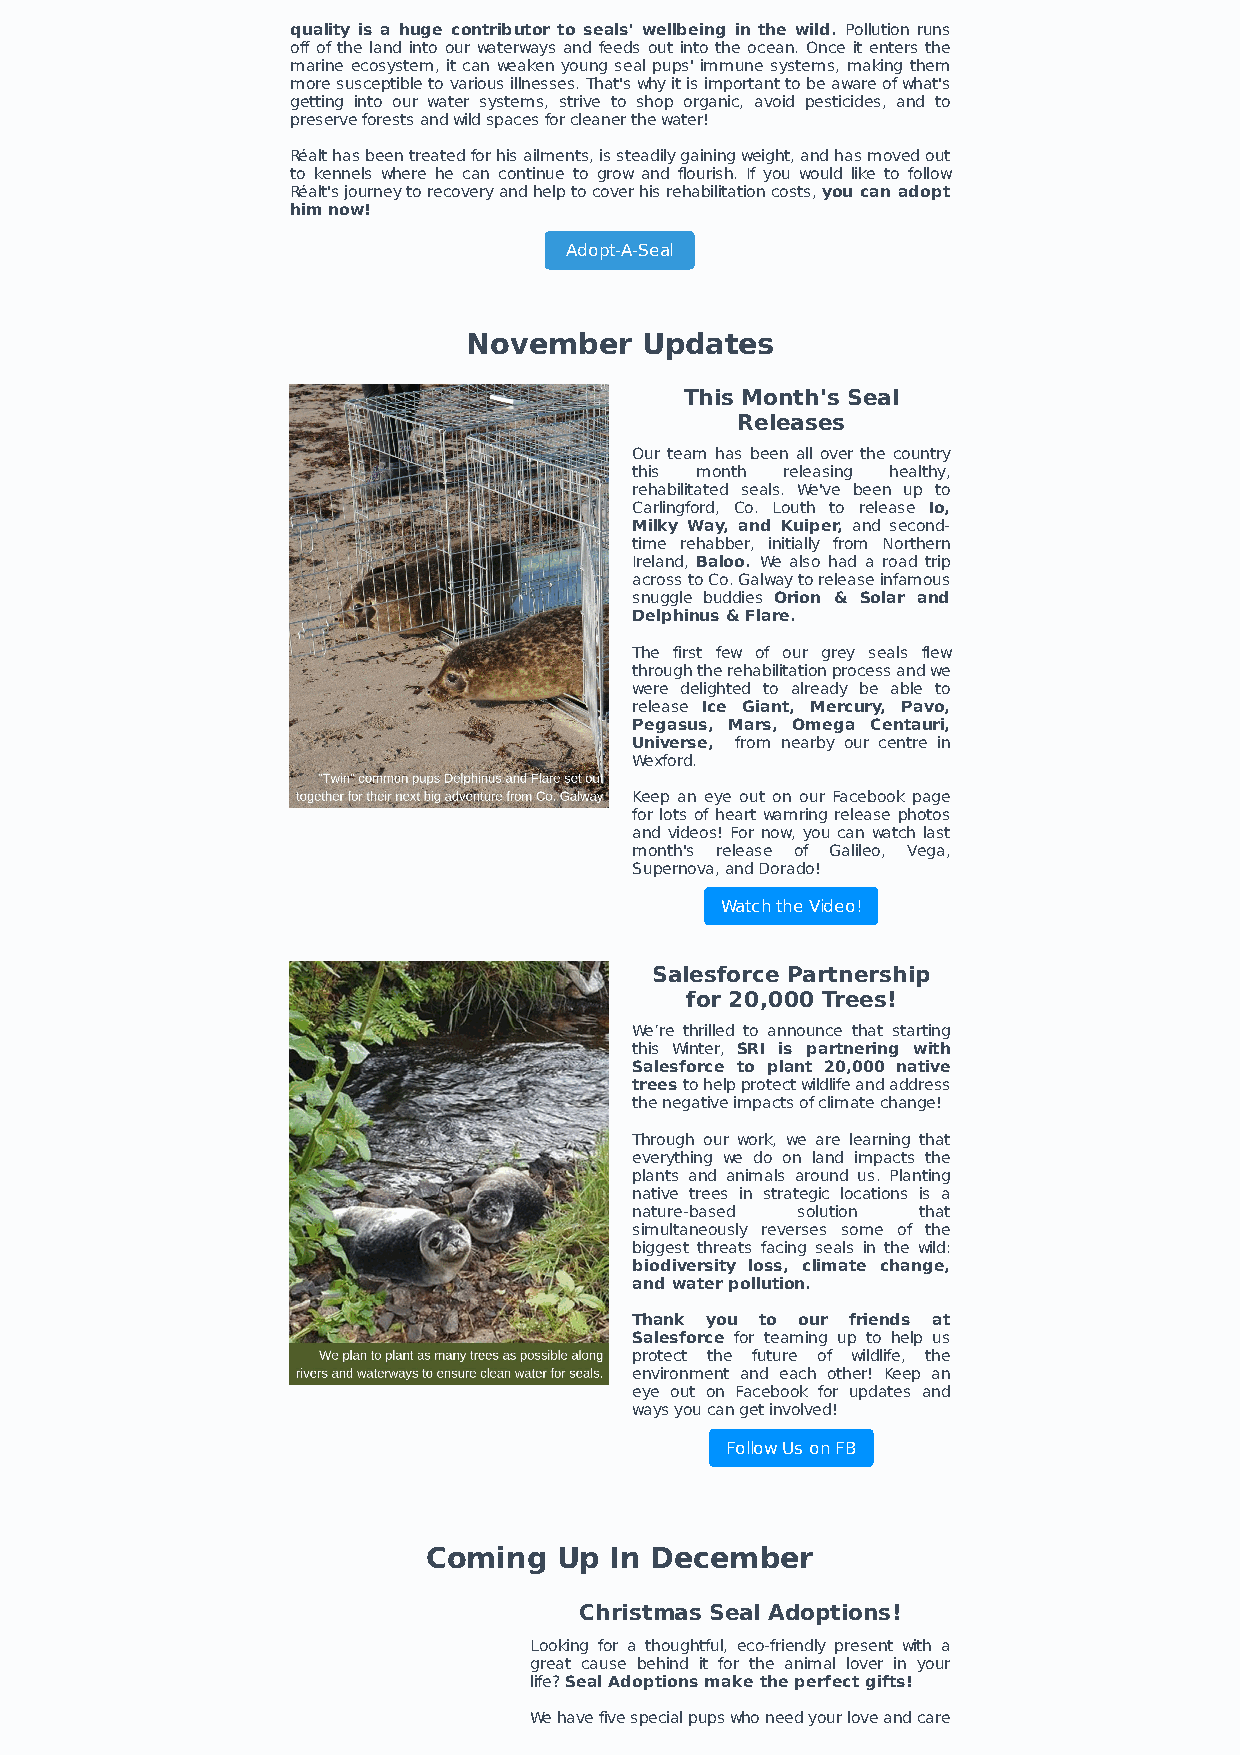
quality is a huge contributor to seals' wellbeing in the wild. Pollution runs
 off of the land into our waterways and feeds out into the ocean. Once it enters the
 marine ecosystem, it can weaken young seal pups' immune systems, making them
 more susceptible to various illnesses. That's why it is important to be aware of what's
 getting into our water systems, strive to shop organic, avoid pesticides, and to
 preserve forests and wild spaces for cleaner the water!
 Réalt has been treated for his ailments, is steadily gaining weight, and has moved out
 to kennels where he can continue to grow and flourish. If you would like to follow
 Réalt's journey to recovery and help to cover his rehabilitation costs, you can adopt
 him now!
 Adopt-A-Seal
 November   Updates
 This Month's Seal
 Releases
 Our team has been all over the country
 this month releasing healthy,
 rehabilitated seals. We've been up to
 Carlingford, Co. Louth to release Io,
 Milky Way, and Kuiper, and second-
 time rehabber, initially from Northern
 Ireland, Baloo. We also had a road trip
 across to Co. Galway to release infamous
 snuggle buddies Orion & Solar and
 Delphinus & Flare.
 The first few of our grey seals flew
 through the rehabilitation process and we
 were delighted to already be able to
 release Ice Giant, Mercury, Pavo,
 Pegasus, Mars, Omega Centauri,
 Universe, from nearby our centre in
 Wexford.
 Keep an eye out on our Facebook page
 for lots of heart wamring release photos
 and videos! For now, you can watch last
 month's release of Galileo, Vega,
 Supernova, and Dorado!
 Watch the Video!
 Salesforce Partnership
 for 20,000 Trees!
 We’re thrilled to announce that starting
 this Winter, SRI is partnering with
 Salesforce to plant 20,000 native
 trees to help protect wildlife and address
 the negative impacts of climate change!
 Through our work, we are learning that
 everything we do on land impacts the
 plants and animals around us. Planting
 native trees in strategic locations is a
 nature-based solution that
 simultaneously reverses some of the
 biggest threats facing seals in the wild:
 biodiversity loss, climate change,
 and water pollution.
 Thank you to our friends at
 Salesforce for teaming up to help us
 protect the future of wildlife, the
 environment and each other! Keep an
 eye out on Facebook for updates and
 ways you can get involved!
 Follow Us on FB
 Coming   Up In December
 Christmas Seal Adoptions!
 Looking for a thoughtful, eco-friendly present with a
 great cause behind it for the animal lover in your
 life? Seal Adoptions make the perfect gifts!
 We have five special pups who need your love and care